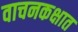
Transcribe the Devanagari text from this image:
वाचनकक्षात